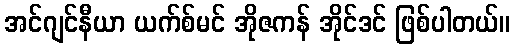
အင်ဂျင်နီယာ ယက်စ်မင် အိုဇကန် အိုင်ဒင် ဖြစ်ပါတယ်။